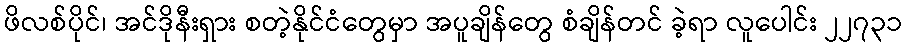
ဖိလစ်ပိုင်၊ အင်ဒိုနီးရှား စတဲ့နိုင်ငံတွေမှာ အပူချိန်တွေ စံချိန်တင် ခဲ့ရာ လူပေါင်း ၂၂၇၃၁